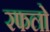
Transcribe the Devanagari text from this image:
रफलो